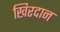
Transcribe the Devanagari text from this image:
खिरदान